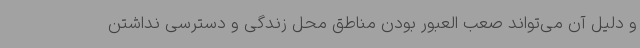
و دلیل آن می‌تواند صعب العبور بودن مناطق محل زندگی و دسترسی نداشتن